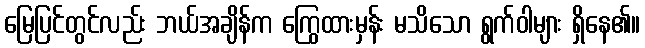
မြေပြင်တွင်လည်း ဘယ်အချိန်က ကြွေထားမှန်း မသိသော ရွက်ဝါများ ရှိနေ၏။